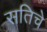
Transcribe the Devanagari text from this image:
सतिचे